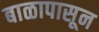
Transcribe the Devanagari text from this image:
बाळापासून